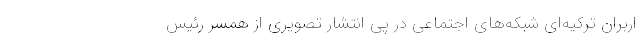
اربران ترکیه‌ای شبکه‌های اجتماعی در پی انتشار تصویری از همسر رئیس